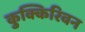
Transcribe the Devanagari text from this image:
कुक्किरिवन